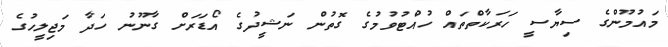
މައުމޫންގެ ސިޔާސީ ހަރަކާތްތައް ހުއްޓުވުމުގެ ގޮތުން ނަޝީދުގެ އޯޑަރަށް ގާނޫނު ހަދާ މަޖިލީހުގެ